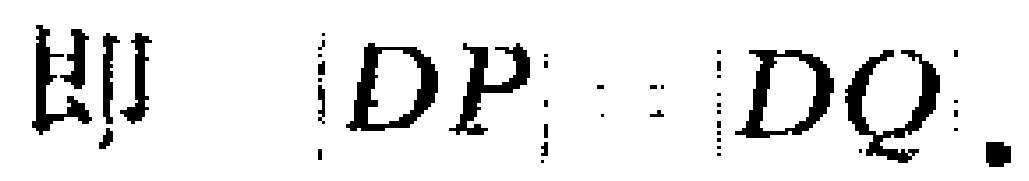
即 \( |DP| = |DQ| \).